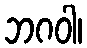
ဘဂဝါ၊